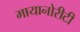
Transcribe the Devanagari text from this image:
मायानोरीटी